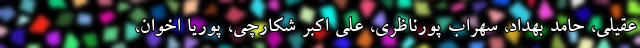
عقیلی، حامد بهداد، سهراب پورناظری، علی اکبر شکارچی، پوریا اخوان،